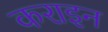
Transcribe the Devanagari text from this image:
कराइन